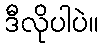
ဒီလိုပါပဲ။